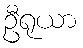
ဦရုယာ